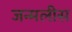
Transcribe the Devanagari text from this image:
जन्मलीस